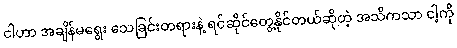
ငါဟာ အချိန်မရွေး သေခြင်းတရားနဲ့ ရင်ဆိုင်တွေ့နိုင်တယ်ဆိုတဲ့ အသိကသာ ငါ့ကို